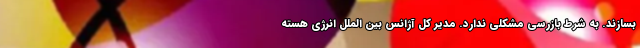
بسازند. به شرط بازرسی مشکلی ندارد. مدیر کل آژانس بین الملل انرژی هسته